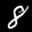
Label: 8